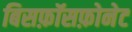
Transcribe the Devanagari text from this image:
बिसफ़ॉसफ़ोनेट